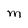
Character: M